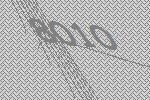
8010